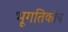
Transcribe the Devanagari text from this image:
भूगतिकीय